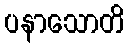
ပနာသောတိ